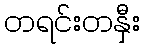
တရင်းတနှီး